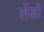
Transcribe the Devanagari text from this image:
सेंडो